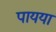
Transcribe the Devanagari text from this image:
पायया